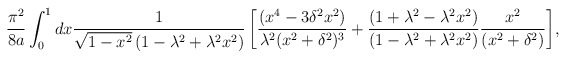
\begin{align*}{\pi^2 \over 8a}\int_{0}^{1}{dx{1 \over \sqrt{1 -x^2}\left(1 - \lambda^2 + \lambda^2 x^2\right)} \left[{(x^4 - 3\delta^2x^2) \over \lambda^2 (x^2+\delta^2)^3} + {\left(1 + \lambda^2 - \lambda^2 x^2\right)\over\left(1 - \lambda^2 + \lambda^2x^2\right) }{x^2 \over (x^2 +\delta^2)}\right]},\end{align*}